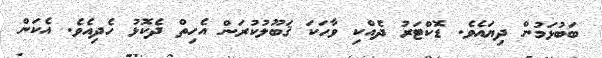
ބަބުޅަމުން ދިޔައެވެ. ޑޮކްޓަރު ދެއްކި ވާހަކަ ޤަބޫލުކުރަން އެހިތް ދެކޮޅު ހެދިއެވެ. އެކަން